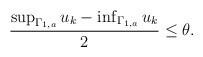
\begin{align*} \begin{aligned} \frac{\sup_{\Gamma_{1,a}}u_k-\inf_{\Gamma_{1,a}}u_k}{2}\leq \theta. \end{aligned} \end{align*}